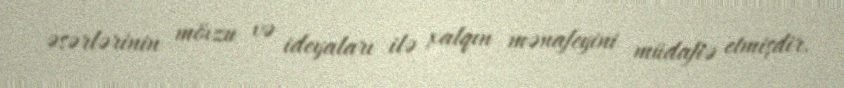
əsərlərinin mövzu və ideyaları ilə xalqın mənafeyini müdafiə etmişdir.